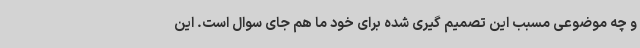
و چه موضوعی مسبب این تصمیم گیری شده برای خود ما هم جای سوال است. این